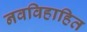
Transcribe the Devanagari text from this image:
नवविहाहित